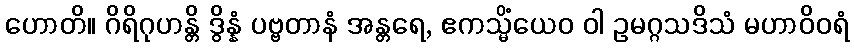
ဟောတိ။ ဂိရိဂုဟန္တိ ဒွိန္နံ ပဗ္ဗတာနံ အန္တရေ, ဧကသ္မိံယေဝ ဝါ ဥမဂ္ဂသဒိသံ မဟာဝိဝရံ